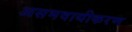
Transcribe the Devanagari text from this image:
असमवायीकरण